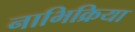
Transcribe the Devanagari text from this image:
नाभिक्रिया